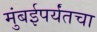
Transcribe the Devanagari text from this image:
मुंबईपर्यंतचा